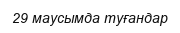
29 маусымда туғандар